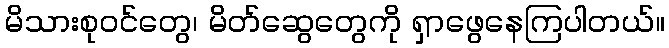
မိသားစုဝင်တွေ၊ မိတ်ဆွေတွေကို ရှာဖွေနေကြပါတယ်။